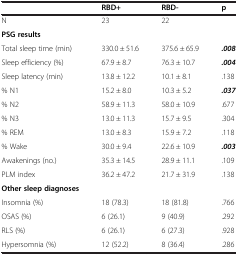
|  | RBD+ | RBD- | p |
 | --- | --- | --- | --- |
 | N | 23 | 22 |  |
 | PSG results |  |  |  |
 | Total sleep time (min) | 330.0 ± 51.6 | 375.6 ± 65.9 | .008 |
 | Sleep efficiency (%) | 67.9 ± 8.7 | 76.3 ± 10.7 | .004 |
 | Sleep latency (min) | 13.8 ± 12.2 | 10.1 ± 8.1 | .138 |
 | % N1 | 15.2 ± 8.0 | 10.3 ± 5.2 | .037 |
 | % N2 | 58.9 ± 11.3 | 58.0 ± 10.9 | .677 |
 | % N3 | 13.0 ± 11.3 | 15.7 ± 9.5 | .304 |
 | % REM | 13.0 ± 8.3 | 15.9 ± 7.2 | .118 |
 | % Wake | 30.0 ± 9.4 | 22.6 ± 10.9 | .003 |
 | Awakenings (no.) | 35.3 ± 14.5 | 28.9 ± 11.1 | .109 |
 | PLM index | 36.2 ± 47.2 | 21.7 ± 31.9 | .138 |
 | Other sleep diagnoses |  |  |  |
 | Insomnia (%) | 18 (78.3) | 18 (81.8) | .766 |
 | OSAS (%) | 6 (26.1) | 9 (40.9) | .292 |
 | RLS (%) | 6 (26.1) | 6 (27.3) | .928 |
 | Hypersomnia (%) | 12 (52.2) | 8 (36.4) | .286 |